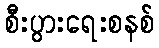
စီးပွားရေးစနစ်